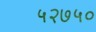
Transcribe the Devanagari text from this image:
५२७५०